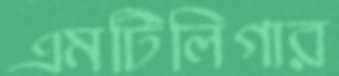
এমটিলিগার